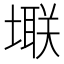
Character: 𪤚